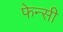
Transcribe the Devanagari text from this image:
फेन्सी